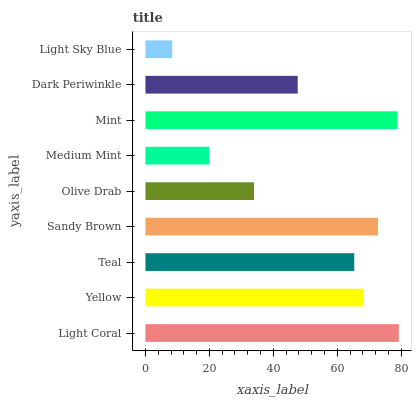
| yaxis_label | bars |
 | --- | --- |
 | Light Coral | 79.2 |
 | Yellow | 68.3 |
 | Teal | 65.3 |
 | Sandy Brown | 72.7 |
 | Olive Drab | 34 |
 | Medium Mint | 19.9 |
 | Mint | 78.8 |
 | Dark Periwinkle | 47.6 |
 | Light Sky Blue | 8.38 |